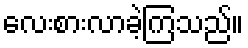
လေးစားလာခဲ့ကြသည်။